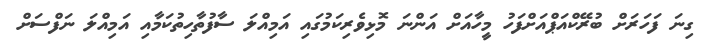
ގިނަ ފަހަރަށް ބުރޭކްއަޕްއަށްފަހު މީހާއަށް އަންނަ މޮޅިވެރިކަމުގައި އަމިއްލަ ސާފުތާހިތުކަމާއި އަމިއްލަ ނަފްސަށް